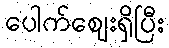
ပေါက်ဈေးရှိပြီး